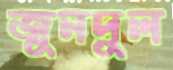
জুনদুল